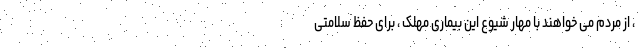
، از مردم می خواهند با مهار شیوع این بیماری مهلک ، برای حفظ سلامتی